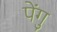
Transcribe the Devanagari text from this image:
पेंगु